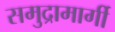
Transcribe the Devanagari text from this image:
समुद्रामार्गी